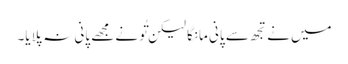
میں نے تجھ سے پانی مانگا لیکن تُو نے مجھے پانی نہ پلایا۔